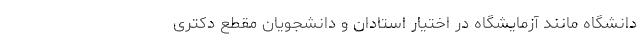
دانشگاه مانند آزمایشگاه در اختیار استادان و دانشجویان مقطع دکتری